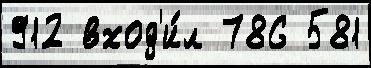
912 вход'и́л 786 581